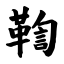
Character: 鞫